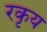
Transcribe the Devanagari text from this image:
रकृय